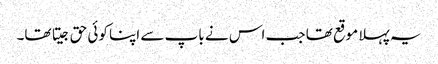
یہ پہلا موقع تھا جب اس نے باپ سے اپنا کوئی حق جیتا تھا۔